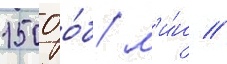
1500 о́б/ м'и́н //